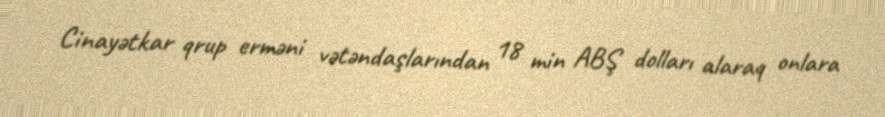
Cinayətkar qrup erməni vətəndaşlarından 18 min ABŞ dolları alaraq onlara